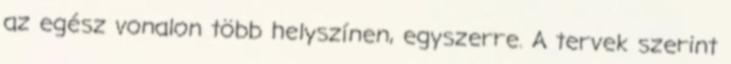
az egész vonalon több helyszínen, egyszerre. A tervek szerint